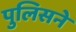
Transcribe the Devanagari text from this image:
पुलिसने